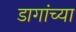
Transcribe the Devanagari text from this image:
डागांच्या